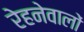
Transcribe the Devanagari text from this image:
रेहनेवालों